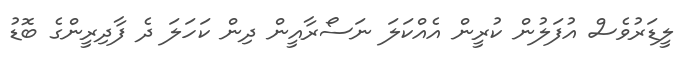
ލީޑަރުވެސް އުފަލުން ކުރީން އެއްކަލަ ނަސޯރާއީން ދިން ކަހަލަ ދެ ފާދިރީންގެ ބޮޑު